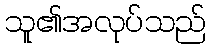
သူ၏အလုပ်သည်